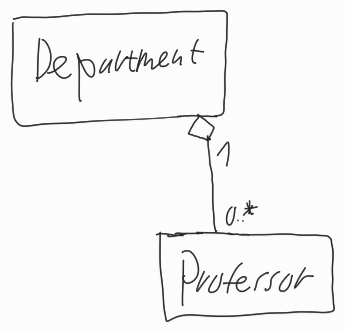
Diagram type: class_diagram
```plantuml
@startuml

class Department

class Professor

Department "1" o-- "0..*" Professor

@enduml
```